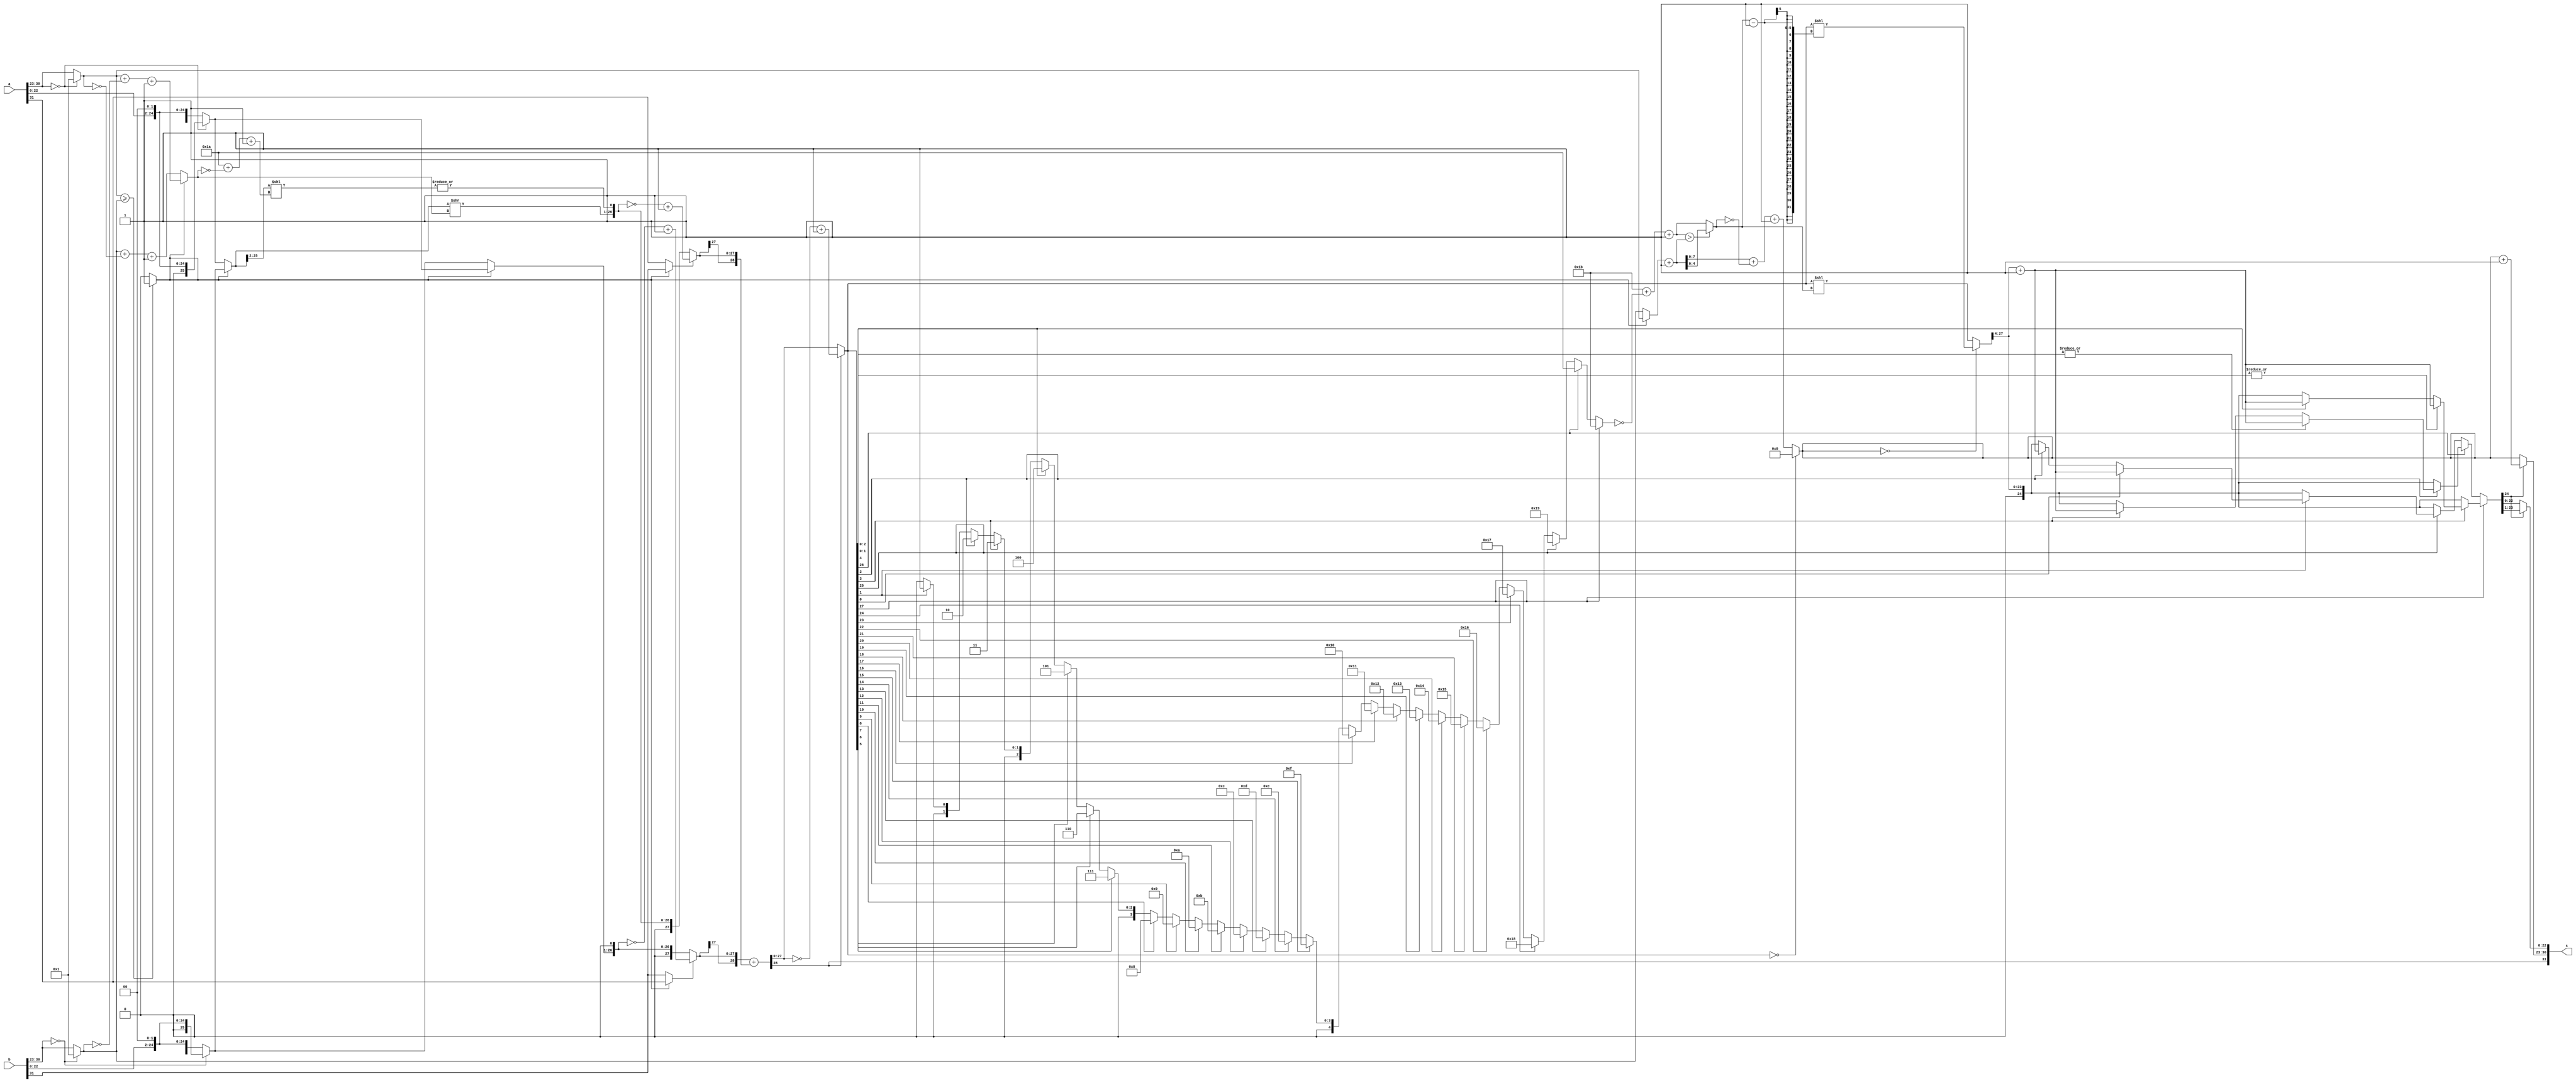
module fp_adder(
	input [31:0] a,
	input [31:0] b,
	output [31:0] s
	);

	wire [25:0] a_F, b_F;								// Fraction of 'a' and 'b'
	wire [7:0] a_E, b_E;								// Exponent of 'a' and 'b'
	wire borrow; 										// The borrow bit : 1 if a is bigger or equal to b, 0 if b is bigger
	wire [7:0] shift; 									// Small ALU output : the amount of shift for fraction of the smaller one
	wire [25:0] bigger_F, smaller_F;					// The bigger and smaller number
	wire [7:0] bigger_E, smaller_E;						// Exponents of the bigger and smaller number
	wire bigger_S, smaller_S;							// Signs of bigger and smaller number
	wire sticky;										// OR of the bits whith are throw away because of the shift of the smaller number
	wire [26:0] smaller_F_new, bigger_F_new;			// New fractions after shift
	wire [28:0] signed_bigger_F, signed_smaller_F;		// 2's compliment of the fractions
	wire [28:0] bigAlu;									// Big ALU output(Sum of fractions): 3'b(sign,ov,Hidden) + 23'b(fraction) + 3'b(R,G,sticky) = 29'b
	wire [27:0] tempSum;								// Sum of fractions in Sign-Magnitute
	wire [4:0] leadOne;									// The number of the cell of the first 1 of the smaller fraction from left:)
	wire [4:0] leadShift;								// The amount of the shift for smaller exponent : 27 - leadOne
	wire [4:0] shift_s;									// The amount of shift for sum of two fractions
	wire [7:0] tempE;									// Exponent of the sum befor normalizing
	wire [27:0] tempF;									// Fraction of the sum befor normalizing
	wire [23:0] normF_s;								// Normalized fraction (with the hidden bit) of the sum
	wire [24:0] round_F;								// Rouned fraction (with the hidden bit) of the sum
	wire Sign_s;										// Sign of the sum
	wire [7:0] Exponent_s;								// Exponent of the sum
	wire [22:0] Fraction_s;								// Fraction of the sum

	assign a_F = a[30:23] == 0 ? {1'b0, a[22:0], 2'b00} : {1'b1, a[22:0], 2'b00};
	assign b_F = b[30:23] == 0 ? {1'b0, b[22:0], 2'b00} : {1'b1, b[22:0], 2'b00};

	assign a_E = a[30:23] == 0 ? 8'h01 : a[30:23];
	assign b_E = b[30:23] == 0 ? 8'h01 : b[30:23];

	assign borrow = (a_E >= b_E) ? 1'b1 : 1'b0;
	assign shift = borrow ? (a_E + ~b_E + 1) : (b_E + ~a_E + 1);
	
	assign bigger_F = borrow ? a_F : b_F;
	assign smaller_F = borrow ? b_F : a_F;
	assign bigger_E = borrow ? a_E : b_E;
	assign smaller_E = borrow ? b_E : a_E;
	assign bigger_S = borrow ? a[31] : b[31];
	assign smaller_S = borrow ? b[31] : a[31];

	assign sticky = |(smaller_F[25:2]<<(8'h1A + ~shift + 1));
	
	assign bigger_F_new = {bigger_F, 1'b0};
	assign smaller_F_new = {smaller_F>>shift, sticky};

	assign signed_bigger_F[27:0] = bigger_S ? (~{1'b0, bigger_F_new} + 1) : {1'b0, bigger_F_new};
	assign signed_smaller_F[27:0] = smaller_S ? (~{1'b0, smaller_F_new} + 1) : {1'b0, smaller_F_new};
	assign signed_bigger_F[28] = signed_bigger_F[27];
	assign signed_smaller_F[28] = signed_smaller_F[27];
	assign bigAlu = signed_bigger_F + signed_smaller_F;
	
	assign tempSum = bigAlu[28] ? (~bigAlu[27:0] + 1) : bigAlu[27:0];
	
	assign leadOne = tempSum[27] ? 5'h1B :
				tempSum[26] ? 5'h1A :
				tempSum[25] ? 5'h19 :
				tempSum[24] ? 5'h18 :
				tempSum[23] ? 5'h17 :
				tempSum[22] ? 5'h16 :
				tempSum[21] ? 5'h15 :
				tempSum[20] ? 5'h14 :
				tempSum[19] ? 5'h13 :
				tempSum[18] ? 5'h12 :
				tempSum[17] ? 5'h11 :
				tempSum[16] ? 5'h10 :
				tempSum[15] ? 5'h0F :
				tempSum[14] ? 5'h0E :
				tempSum[13] ? 5'h0D :
				tempSum[12] ? 5'h0C :
				tempSum[11] ? 5'h0B :
				tempSum[10] ? 5'h0A :
				tempSum[9] ? 5'h09 :
				tempSum[8] ? 5'h08 :
				tempSum[7] ? 5'h07 :
				tempSum[6] ? 5'h06 :
				tempSum[5] ? 5'h05 :
				tempSum[4] ? 5'h04 :
				tempSum[3] ? 5'h03 :
				tempSum[2] ? 5'h02 :
				tempSum[1] ? 5'h01 :
				5'h00;
	
	assign leadShift = 5'h1B + ~leadOne + 1;

	assign shift_s = (leadShift > bigger_E + 1) ? (bigger_E + 1) : leadShift;

	assign tempE = (tempSum == 0) ? 8'h00 : (bigger_E + 1 + ~shift_s + 1);

	assign tempF = (tempE == 0) ? (tempSum<<(shift_s-1)) : (tempSum<<shift_s);
	
	assign normF_s = tempF[27:4];
	
	assign round_F = tempSum[27] ?
						(tempSum[3]) ?
						(|tempSum[2:0]) ? {1'b0, normF_s} + 1 : (tempSum[4]) ? {1'b0, normF_s} + 1 : {1'b0, normF_s}
						: {1'b0, normF_s}
		             	: (tempSum[26]) ?
						(tempSum[2]) ?
						(|tempSum[1:0]) ? {1'b0, normF_s} + 1 : (tempSum[3]) ? {1'b0, normF_s} + 1 : {1'b0, normF_s}
						: {1'b0, normF_s}
						: (tempSum[25]) ?
						(tempSum[1]) ?
						(tempSum[0]) ? {1'b0, normF_s} + 1 : (tempSum[2]) ? {1'b0, normF_s} +1 : {1'b0, normF_s}
						: {1'b0, normF_s}
						: {1'b0, normF_s};

	assign Sign_s = bigAlu[28];
	assign Exponent_s = round_F[24] ? tempE + 1 : tempE;
	assign Fraction_s = round_F[24] ? round_F[23:1] : round_F[22:0];

	assign s = {Sign_s, Exponent_s, Fraction_s};
endmodule